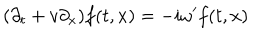
( \partial _ { t } + v \partial _ { x } ) f ( t , x ) = - i \omega ^ { \prime } f ( t , x )